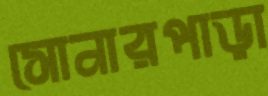
সোনারপাড়া